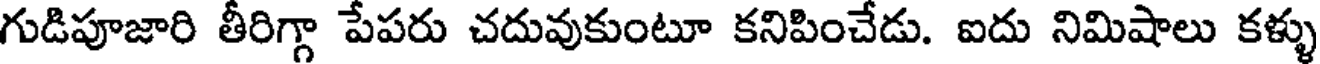
గుడిపూజారి తీరిగ్గా పేపరు చదువుకుంటూ కనిపించేడు. ఐదు నిమిషాలు కళ్ళు